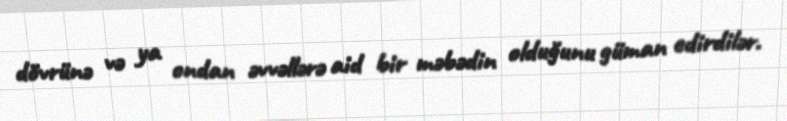
dövrünə və ya ondan əvvəllərə aid bir məbədin olduğunu güman edirdilər.